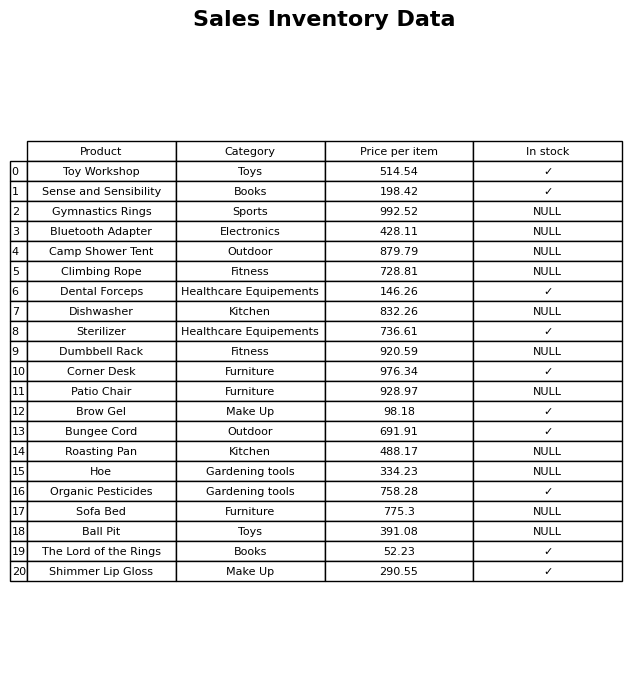
question: What is the price of the Organic Pesticides?
answer: The price of Organic Pesticides is 758.28.